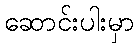
ဆောင်းပါးမှာ